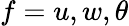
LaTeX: f=u,w,\theta